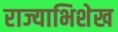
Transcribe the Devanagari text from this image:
राज्याभिशेख